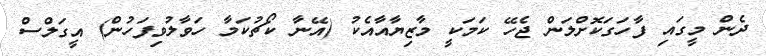
ދެން މީގައި ފާހަގަކޮށްލަން ޖެހޭ ކަމަކީ މާޒިޔާއާއެކު (އޭނާ ކޯޗުކަމާ ހަވާލުވިފަހުން) އީގަލްސް